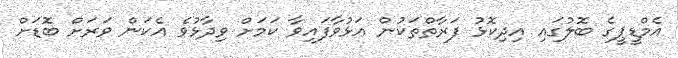
އެމްޑީޕީގެ ބޮލުގައި އިދިކޮޅު ފަރާތްތަކުން އަޅުވާފައިވާ ކަމަށް ވިދާޅުވެ އެކަން ވަރަށް ބޮޑަށް